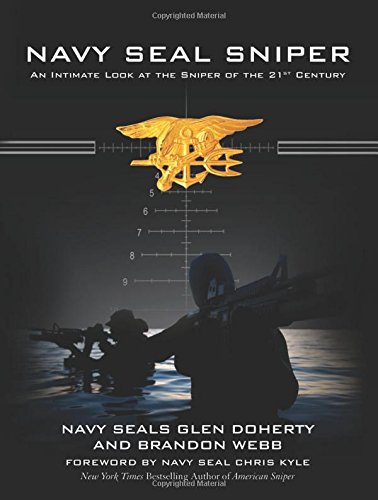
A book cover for Navy SEAL Sniper: An Intimate Look at the Sniper of the 21st Century; Glen Doherty; History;